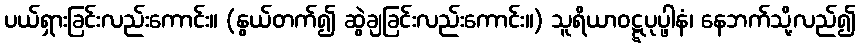
ပယ်ရှားခြင်းလည်းကောင်း။ (နွယ်တက်၍ ဆွဲချခြင်းလည်းကောင်း။) သူရိယာဝဋ္ဋပုပ္ဖါနံ၊ နေဘက်သို့လည်၍